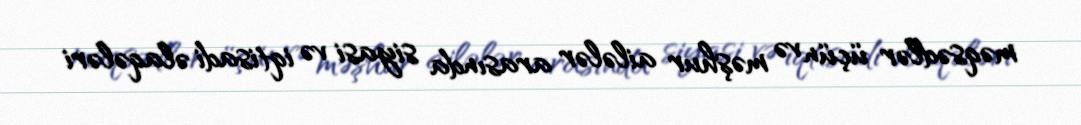
məqsədlər üçün və məşhur ailələr arasında siyasi və iqtisadi əlaqələri